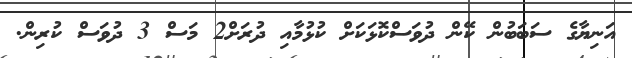
އަނިޔާގެ ސަބަބުން ކޭން ދުވަސްކޮޅަކަށް ކުޅުމާއި ދުރަށް2 މަސް 3 ދުވަސް ކުރިން.